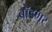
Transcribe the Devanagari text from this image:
ब्रॉडमूर